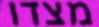
מצדו